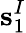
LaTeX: \textbf{s}_{1}^{I}